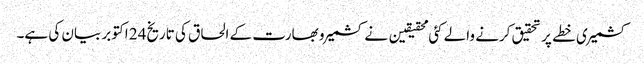
کشمیری خطے پر تحقیق کرنے والے کئی محقیقین نے کشمیر و بھارت کے الحاق کی تاریخ24 اکتوبر بیان کی ہے۔